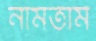
নামতাম